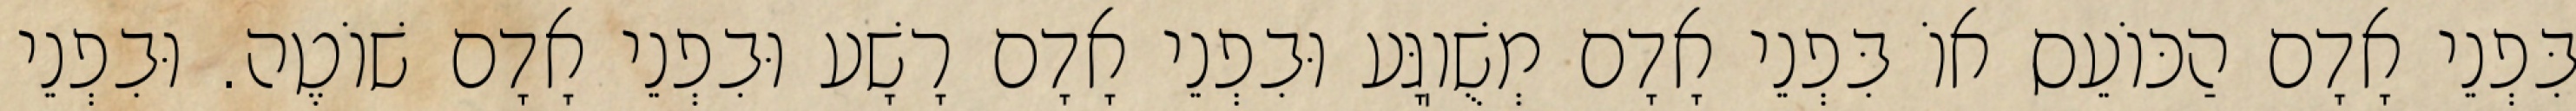
בִּפְנֵי אָדָם הַכּוֹעֵס אוֹ בִּפְנֵי אָדָם מְשֻׁוֽגָּע וּבִפְנֵי אָדָם רָשָׁע וּבִפְנֵי אָדָם שׁוֹטֶה. וּבִפְנֵי